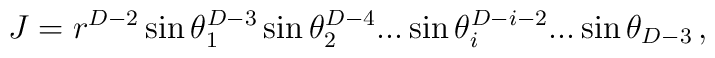
J=r^{D-2}\sin\theta_1^{D-3}\sin\theta_2^{D-4}...\sin\theta_i^{D-i-2}...\sin\theta_{D-3}\,,